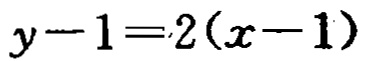
\(y - 1 = 2(x - 1)\)